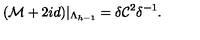
( { \cal M } + 2 i d ) | _ { \Lambda _ { h - 1 } } = \delta { \cal C } ^ { 2 } \delta ^ { - 1 } .